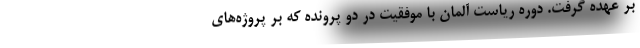
بر عهده گرفت. دوره ریاست آلمان با موفقیت در دو پرونده که بر پروژه‌های